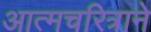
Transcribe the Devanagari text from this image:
आत्मचरित्राने